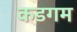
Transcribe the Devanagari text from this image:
कडगम